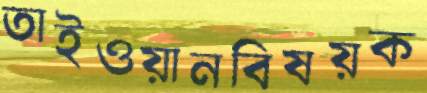
তাইওয়ানবিষয়ক